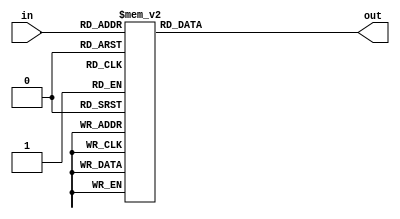
//Experiment2_1
module DECODE (out,in);
	output[7:0] out;
	input[2:0] in;
	reg[7:0] out;
	always @(in)		
	case(in)
		3'b000 : out = 8'b0000_0001;
        3'b001 : out = 8'b0000_0010;
        3'b010 : out = 8'b0000_0100;
        3'b011 : out = 8'b0000_1000;
        3'b100 : out = 8'b0001_0000;
        3'b101 : out = 8'b0010_0000;
        3'b110 : out = 8'b0100_0000;
        3'b111 : out = 8'b1000_0000;
		default:out=8'bx;
	endcase
		
endmodule

module Exper2_1;
	reg [2:0]in;
	wire [7:0]out;
	DECODE e2_1 (out,in);
	initial
	begin
		$dumpfile("Ex2_1.vcd");
		$dumpvars(0,e2_1);
		in[0]=0;in[1]=0;in[2]=0;
		#5 in[0]=1;
		#5 in[0]=0;
		#5 in[1]=1;
		#5 in[1]=0;
		#5 in[2]=1;
		#5 in[2]=0;
		#5 $finish;
	end
endmodule
/*module DECODE(
                        in,
                        out
                             );

input [2:0] in;
output [7:0] out;

reg [7:0] out;

//case
always@(in)
    case(in)
        3'b000 : out = 8'b0000_0001;
        3'b001 : out = 8'b0000_0010;
        3'b010 : out = 8'b0000_0100;
        3'b011 : out = 8'b0000_1000;
        3'b100 : out = 8'b0001_0000;
        3'b101 : out = 8'b0010_0000;
        3'b110 : out = 8'b0100_0000;
        3'b111 : out = 8'b1000_0000;
    endcase

endmodule*/

/*module Exper2_1
	reg [2:0]in;
	wire [7:0]out;
	DECODE e2_1 (out,in);
	initial
	begin
		$dumpfile("Ex2_1.vcd");
		$dumpvars(0,e2_1);
		in[0]=0;in[1]=0;in[2]=0;
		#5 in[0]=1;
		#5 in[0]=0;
		#5 in[1]=1;
		#5 in[1]=0;
		#5 in[2]=1;
		#5 in[2]=0;
		#5 $finish;
	end*/